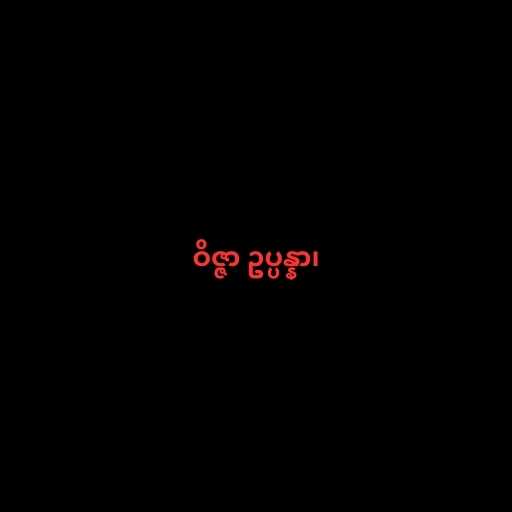
ဝိဇ္ဇာ ဥပ္ပန္နာ၊